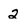
Character: 2